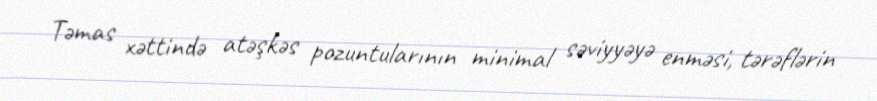
Təmas xəttində atəşkəs pozuntularının minimal səviyyəyə enməsi, tərəflərin